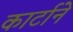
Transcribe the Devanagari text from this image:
कार्टाने